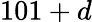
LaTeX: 101+d